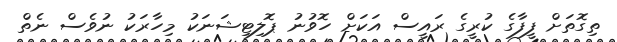
ތިގޮތަށް ފީފާގެ ކުރީގެ ރައީސް އަކަަށް ހޮވުނު ޕޮލިޓިޝަނަކު މިހާރަކު ނުވެސް ނެތް